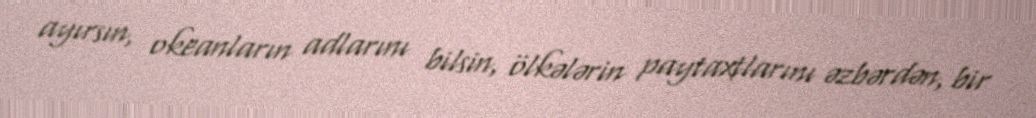
ayırsın, okeanların adlarını bilsin, ölkələrin paytaxtlarını əzbərdən, bir